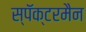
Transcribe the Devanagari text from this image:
स्पॅक्टरमैन